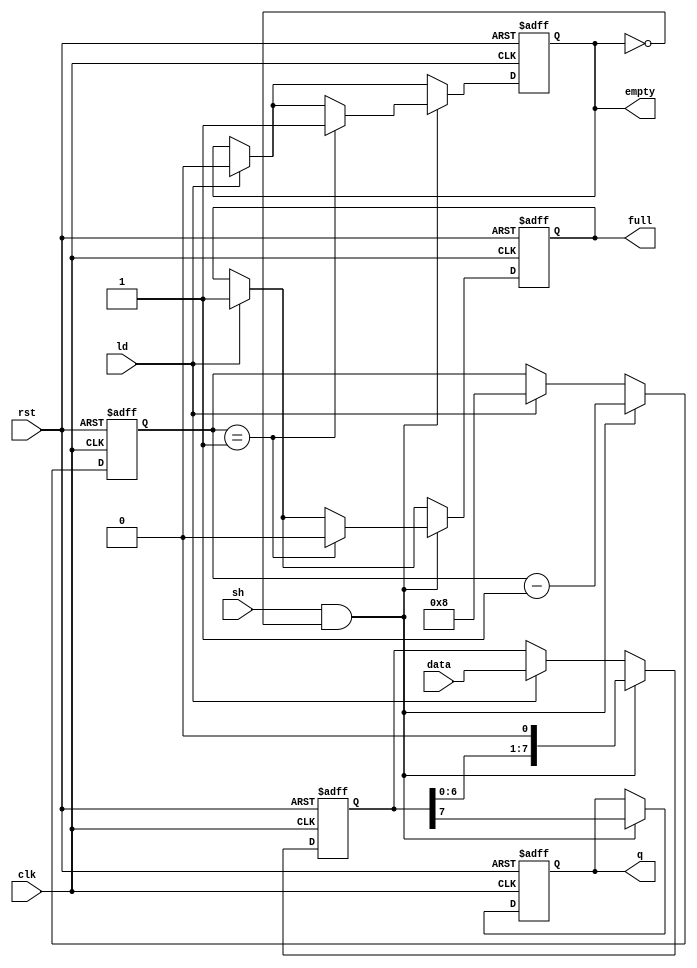
module PISO_Register #(
    parameter WIDTH = 8 // Configurable width of the input data
) (
    input  wire clk,             // Clock signal
    input  wire rst,             // Asynchronous reset signal
    input  wire ld,              // Load signal
    input  wire sh,              // Shift signal
    input  wire [WIDTH-1:0] data, // Parallel input data
    output reg  q,                // Serial output
    output reg  full,             // Indicates if all data has been shifted out
    output reg  empty             // Indicates if the register is empty
);

    reg [WIDTH-1:0] shift_reg;   // Shift register
    reg [3:0] count;              // Counter for number of bits shifted out

    // Asynchronous reset and control operations
    always @(posedge clk or posedge rst) begin
        if (rst) begin
            shift_reg <= 0;
            q <= 0;
            count <= 0;
            full <= 0;
            empty <= 1;
        end else begin
            // Load Operation
            if (ld) begin
                shift_reg <= data;
                count <= WIDTH; // Load all bits
                full <= 1;      // Set full indicator
                empty <= 0;     // Clear empty indicator
            end
            
            // Shift Operation
            if (sh && !empty) begin
                q <= shift_reg[WIDTH-1]; // Output the most significant bit
                shift_reg <= {shift_reg[WIDTH-2:0], 1'b0}; // Shift left
                count <= count - 1;

                // Check if all bits are shifted out
                if (count == 1) begin
                    full <= 0; // No more full
                    empty <= 1; // Now it is empty
                end
            end
        end
    end

endmodule